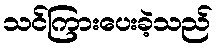
သင်ကြားပေးခဲ့သည်